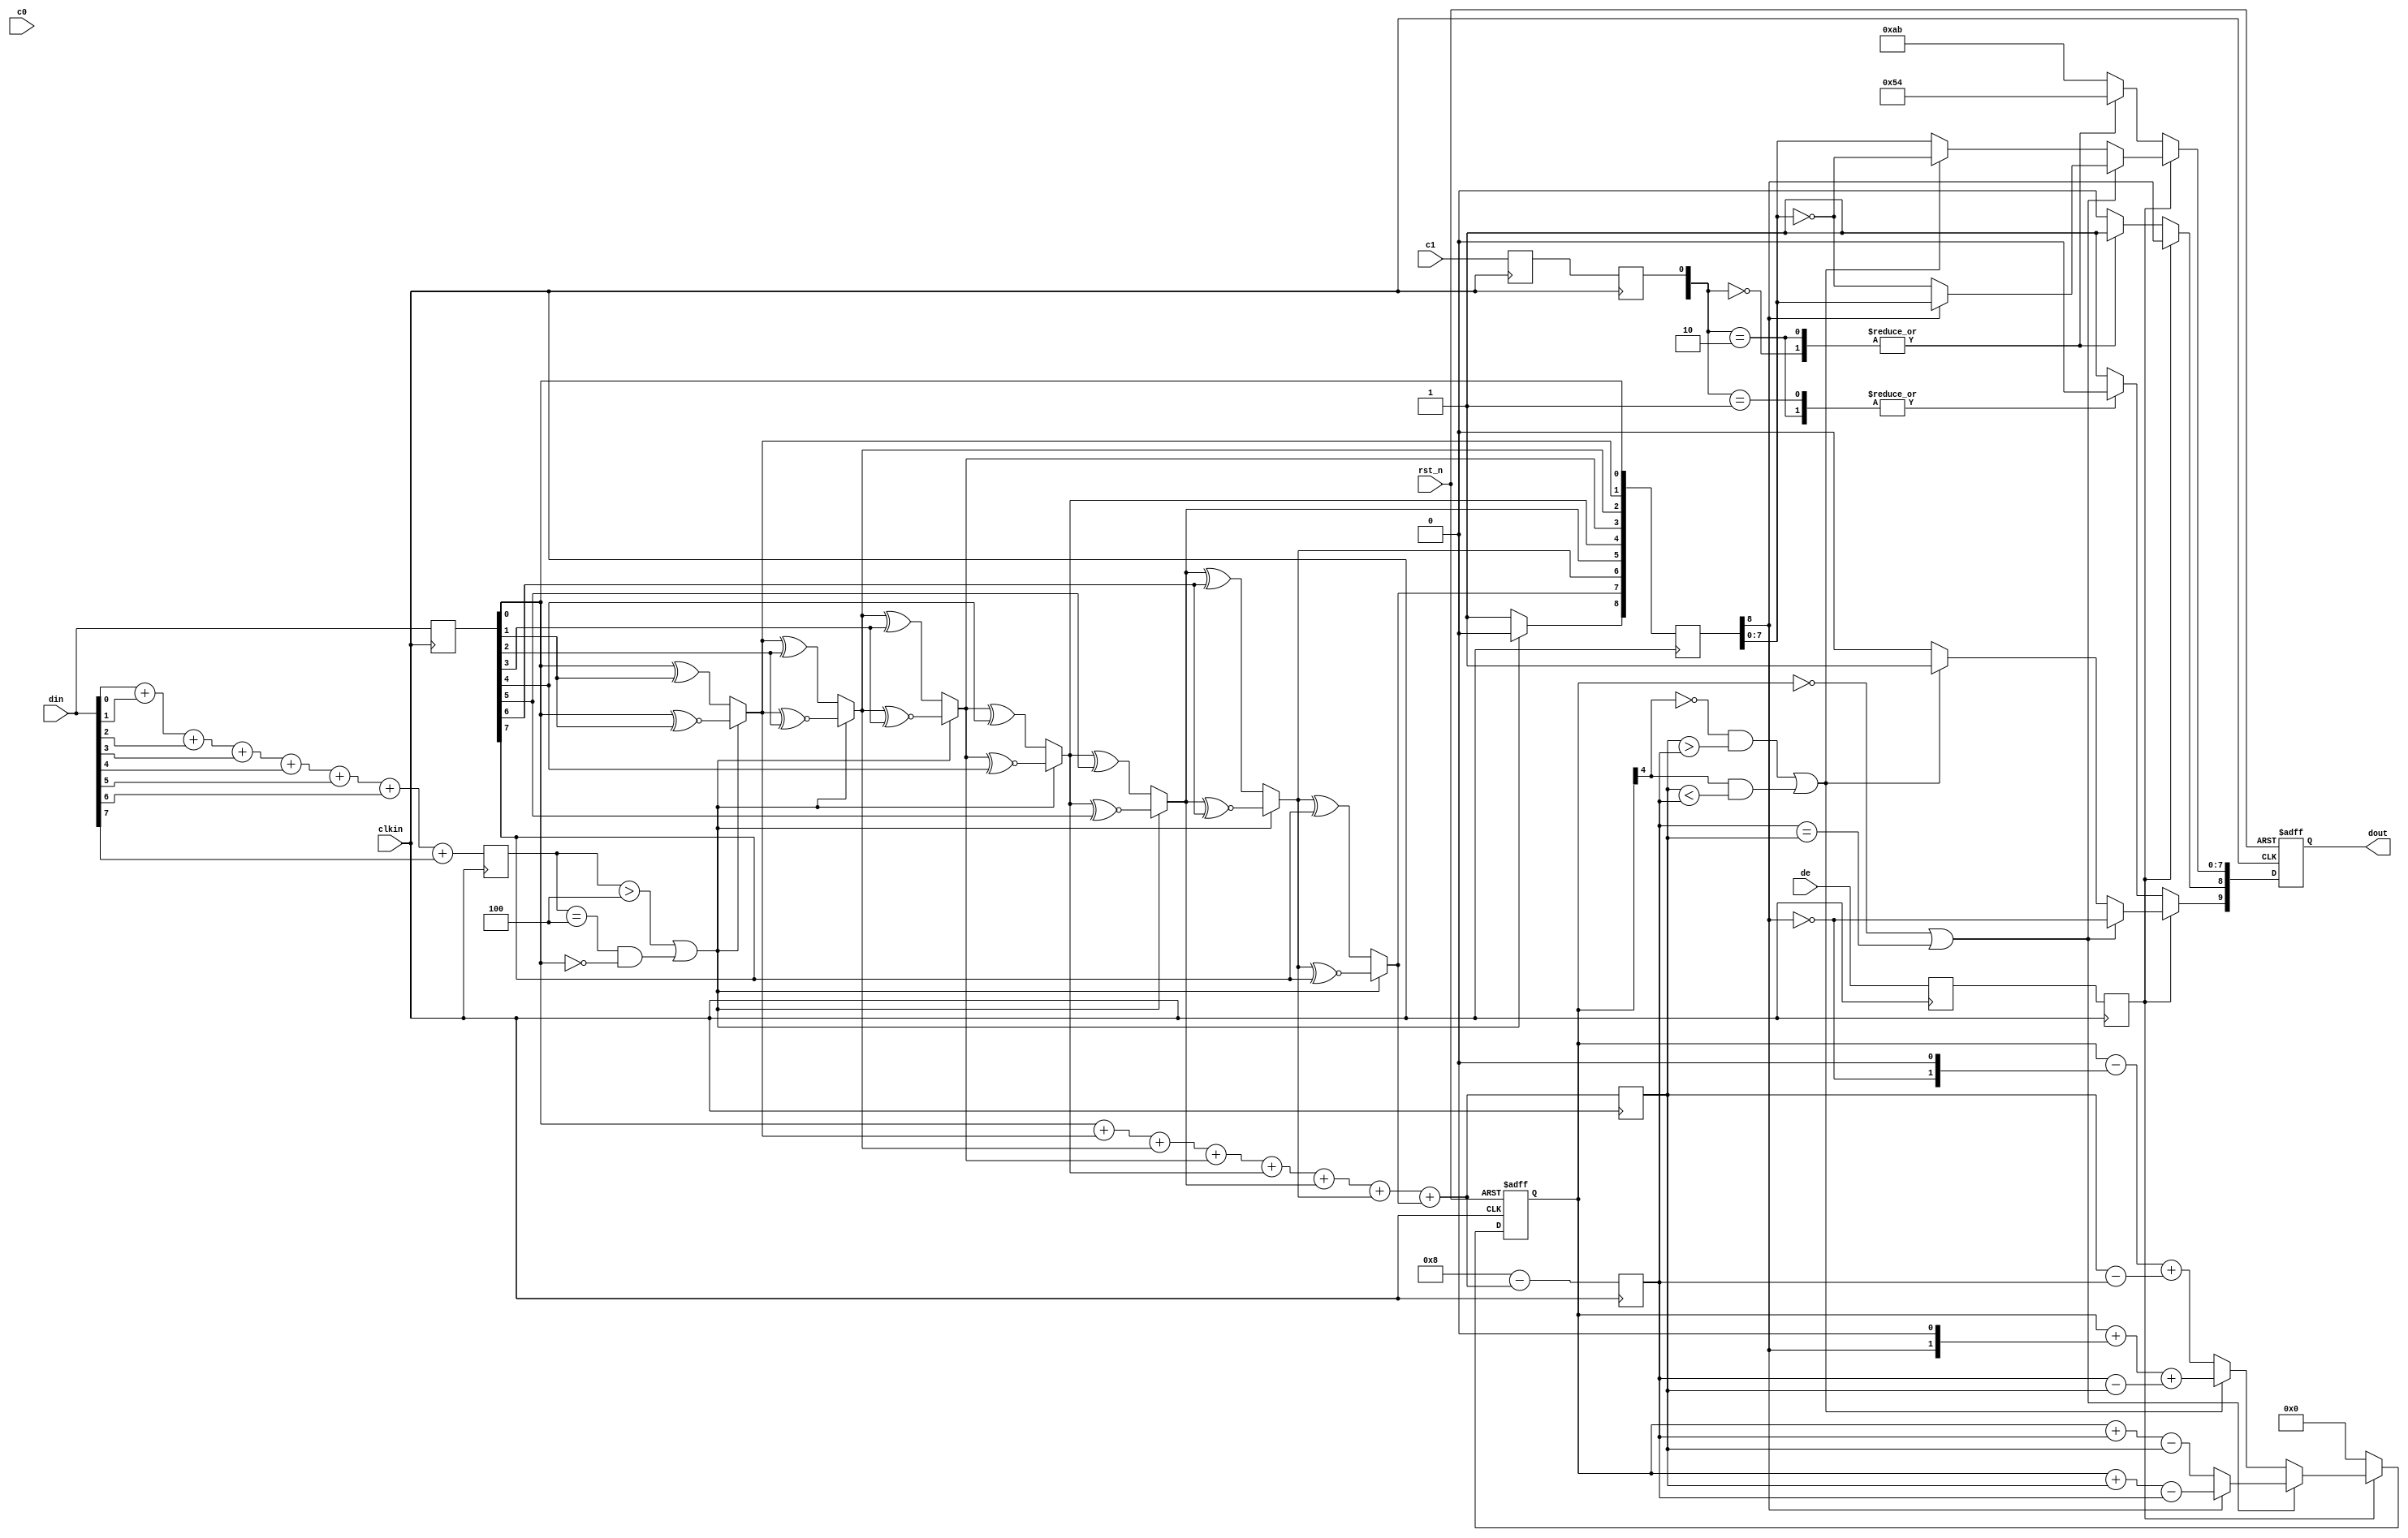
/***********
#11ns
 1ns clk-to-q  rst_n-to-q 


***********/
`timescale 1ps/1ps

module dvi_encoder(
    input               clkin   ,//
    input               rst_n   ,//
    input   [7:0]       din     ,//8
    input               c0      ,//1
    input               c1      ,//2
    input               de      ,//

    output reg [9:0]    dout    //
);

reg [3:0] n1d;//1
reg [7:0] din_q;//

//1
always @(posedge clkin) begin
    n1d <=#1 din[0] + din[1] + din[2] + din[3] + din[4] + din[5] + din[6] + din[7];

    din_q <=#1 din;
end

wire  decision1;

assign decision1 = (n1d > 4'h4) || ((n1d == 4'h4) && (din_q[0] == 1'b0));

wire [8:0] q_m;
assign q_m[0] = din_q[0];
assign q_m[1] = (decision1) ? (q_m[0] ^~ din_q[1]) : (q_m[0] ^ din_q[1]);
assign q_m[2] = (decision1) ? (q_m[1] ^~ din_q[2]) : (q_m[1] ^ din_q[2]);
assign q_m[3] = (decision1) ? (q_m[2] ^~ din_q[3]) : (q_m[2] ^ din_q[3]);
assign q_m[4] = (decision1) ? (q_m[3] ^~ din_q[4]) : (q_m[3] ^ din_q[4]);
assign q_m[5] = (decision1) ? (q_m[4] ^~ din_q[5]) : (q_m[4] ^ din_q[5]);
assign q_m[6] = (decision1) ? (q_m[5] ^~ din_q[6]) : (q_m[5] ^ din_q[6]);
assign q_m[7] = (decision1) ? (q_m[6] ^~ din_q[7]) : (q_m[6] ^ din_q[7]);
assign q_m[8] = (decision1) ? 1'b0 : 1'b1;

//q_m1decision
reg [3:0] n1q_m, n0q_m;

always @(posedge clkin) begin
    n1q_m <=#1 q_m[0] + q_m[1] + q_m[2] + q_m[3] + q_m[4] + q_m[5] + q_m[6] + q_m[7];
    n0q_m <=#1 4'h8 - (q_m[0] + q_m[1] + q_m[2] + q_m[3] + q_m[4] + q_m[5] + q_m[6] + q_m[7]);
end

//
parameter CTRLTOKEN0 = 10'b1101010100,
          CTRLTOKEN1 = 10'b0010101011,
          CTRLTOKEN2 = 10'b0101010100,
          CTRLTOKEN3 = 10'b1010101011;

reg [4:0] cnt ;
wire decision2,decision3;

assign decision2 = (cnt == 5'h0) || (n0q_m == n1q_m);
assign decision3 = ((~cnt[4]) && (n1q_m > n0q_m)) || ((cnt[4]) && (n1q_m < n0q_m));

reg de_q, de_reg;
reg c0_q,c1_q;
reg c0_reg,c1_reg;
reg [8:0] q_m_reg;
//din_q
always @(posedge clkin)begin
    de_q <=#1 de;
    de_reg <=#1 de_q;

    c0_q <=#1 c0;
    c0_reg <=#1 c0_q;
    c1_q <=#1 c1;
    c0_reg <=#1 c1_q;

    q_m_reg <=#1 q_m;
end

always @(posedge clkin or posedge rst_n) begin
    if(rst_n)begin
        dout <= 10'h0;
        cnt <= 5'h0;
    end
    else begin
        if(de_reg) begin//
            if(decision2) begin
                dout[9] <=#1 ~q_m_reg[8];
                dout[8] <=#1 q_m_reg[8];
                dout[7:0] <=#1 (q_m_reg[8]) ? q_m_reg[7:0] : ~q_m_reg[7:0];

                cnt <=#1 (~q_m_reg[8]) ? (cnt + n0q_m - n1q_m) : (cnt + n1q_m - n0q_m);
            end
            else begin
                if(decision3)begin
                    dout[9] <=#1 1'b1;
                    dout[8] <=#1 q_m_reg[8];
                    dout[7:0] <=#1 ~q_m_reg[7:0];

                    cnt <=#1 cnt + {q_m_reg[8],1'b0} + (n0q_m - n1q_m);
                end
                else begin
                    dout[9] <=#1 1'b0;
                    dout[8] <=#1 q_m_reg[8];
                    dout[7:0] <=#1 q_m_reg[7:0];

                    cnt <=#1 cnt - {~q_m_reg[8],1'b0} + (n1q_m - n0q_m);
                end
            end
        end
        else begin
            case ({c1_reg , c0_reg})
                2'b00: dout <=#1 CTRLTOKEN0; 
                2'b01: dout <=#1 CTRLTOKEN1;
                2'b10: dout <=#1 CTRLTOKEN2; 
                default: dout <=#1 CTRLTOKEN3;
            endcase

            cnt <=#1 5'h0;
        end
    end
end
endmodule